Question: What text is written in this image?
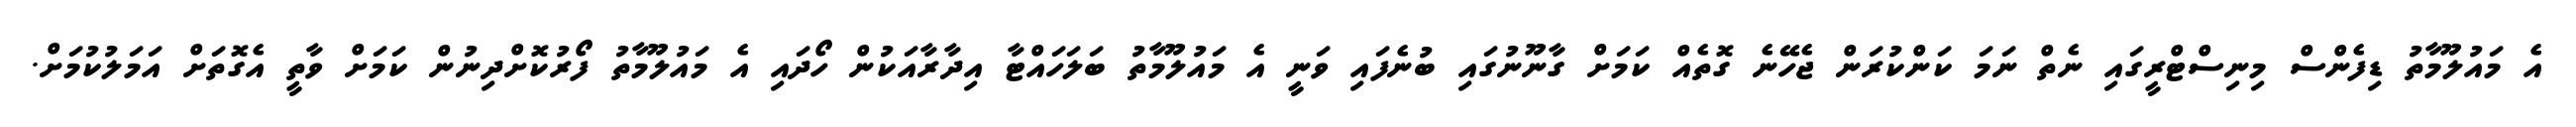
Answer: އެ މައުލޫމާތު ޑިފެންސް މިނިސްޓްރީގައި ނެތް ނަމަ ކަންކުރަން ޖެހޭނެ ގޮތެއް ކަމަށް ގާނޫނުގައި ބުނެފައި ވަނީ އެ މައުލޫމާތު ބަލަހައްޓާ އިދާރާއަކުން ހޯދައި އެ މައުލޫމާތު ފޯރުކޮށްދިނުން ކަމަށް ވާތީ އެގޮތަށް އަމަލުކުމަށް.